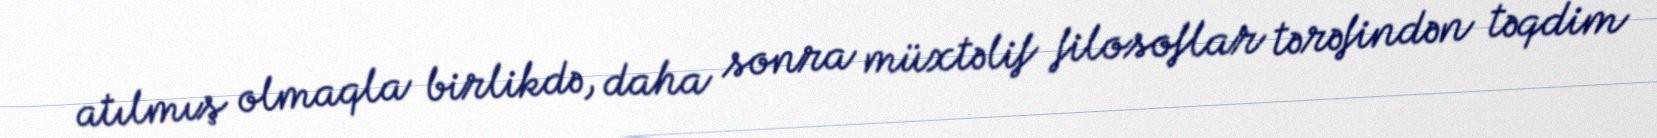
atılmış olmaqla birlikdə, daha sonra müxtəlif filosoflar tərəfindən təqdim